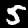
Digit: 5